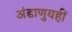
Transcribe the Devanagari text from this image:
अंडाणुयहीं